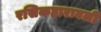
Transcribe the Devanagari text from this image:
रसिकहारावली